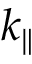
k _ { \parallel }